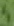
Text: 4